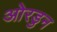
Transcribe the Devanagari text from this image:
ओरडुन